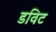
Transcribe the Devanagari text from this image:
डविट